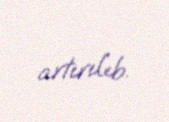
artırılıb.